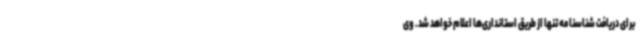
برای دریافت شناسنامه تنها از طریق استانداری‌ها اعلام خواهد شد. وی